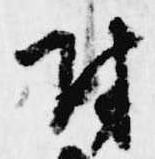
付